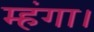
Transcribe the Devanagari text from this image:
म्हंगा।